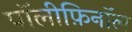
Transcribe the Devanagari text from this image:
पॉलीफ़िनॉल